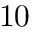
1 0